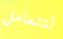
لتتعامل